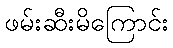
ဖမ်းဆီးမိကြောင်း